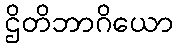
ဌိတိဘာဂိယော